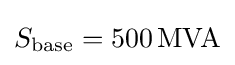
S_{\mathrm {base} }=500\,\mathrm {MVA}